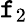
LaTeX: \mathtt{f}_{2}